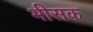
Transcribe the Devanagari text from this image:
भीसक